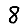
Digit: 8